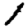
Digit: 1